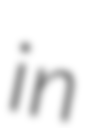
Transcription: in